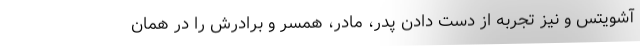
آشویتس و نیز تجربه از دست دادن پدر، مادر، همسر و برادرش را در همان